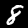
Digit: 8